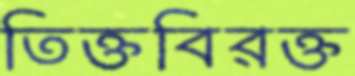
তিক্তবিরক্ত